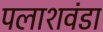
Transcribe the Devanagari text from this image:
पलाशवंडा